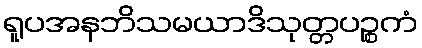
ရူပအနဘိသမယာဒိသုတ္တပဉ္စကံ